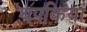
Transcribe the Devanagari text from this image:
थपकियां